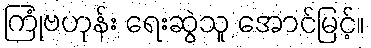
ကြုံဗဟုန်း ရေးဆွဲသူ အောင်မြင့်။